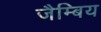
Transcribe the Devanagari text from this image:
जैम्बिय